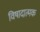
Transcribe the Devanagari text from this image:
विषादात्मक